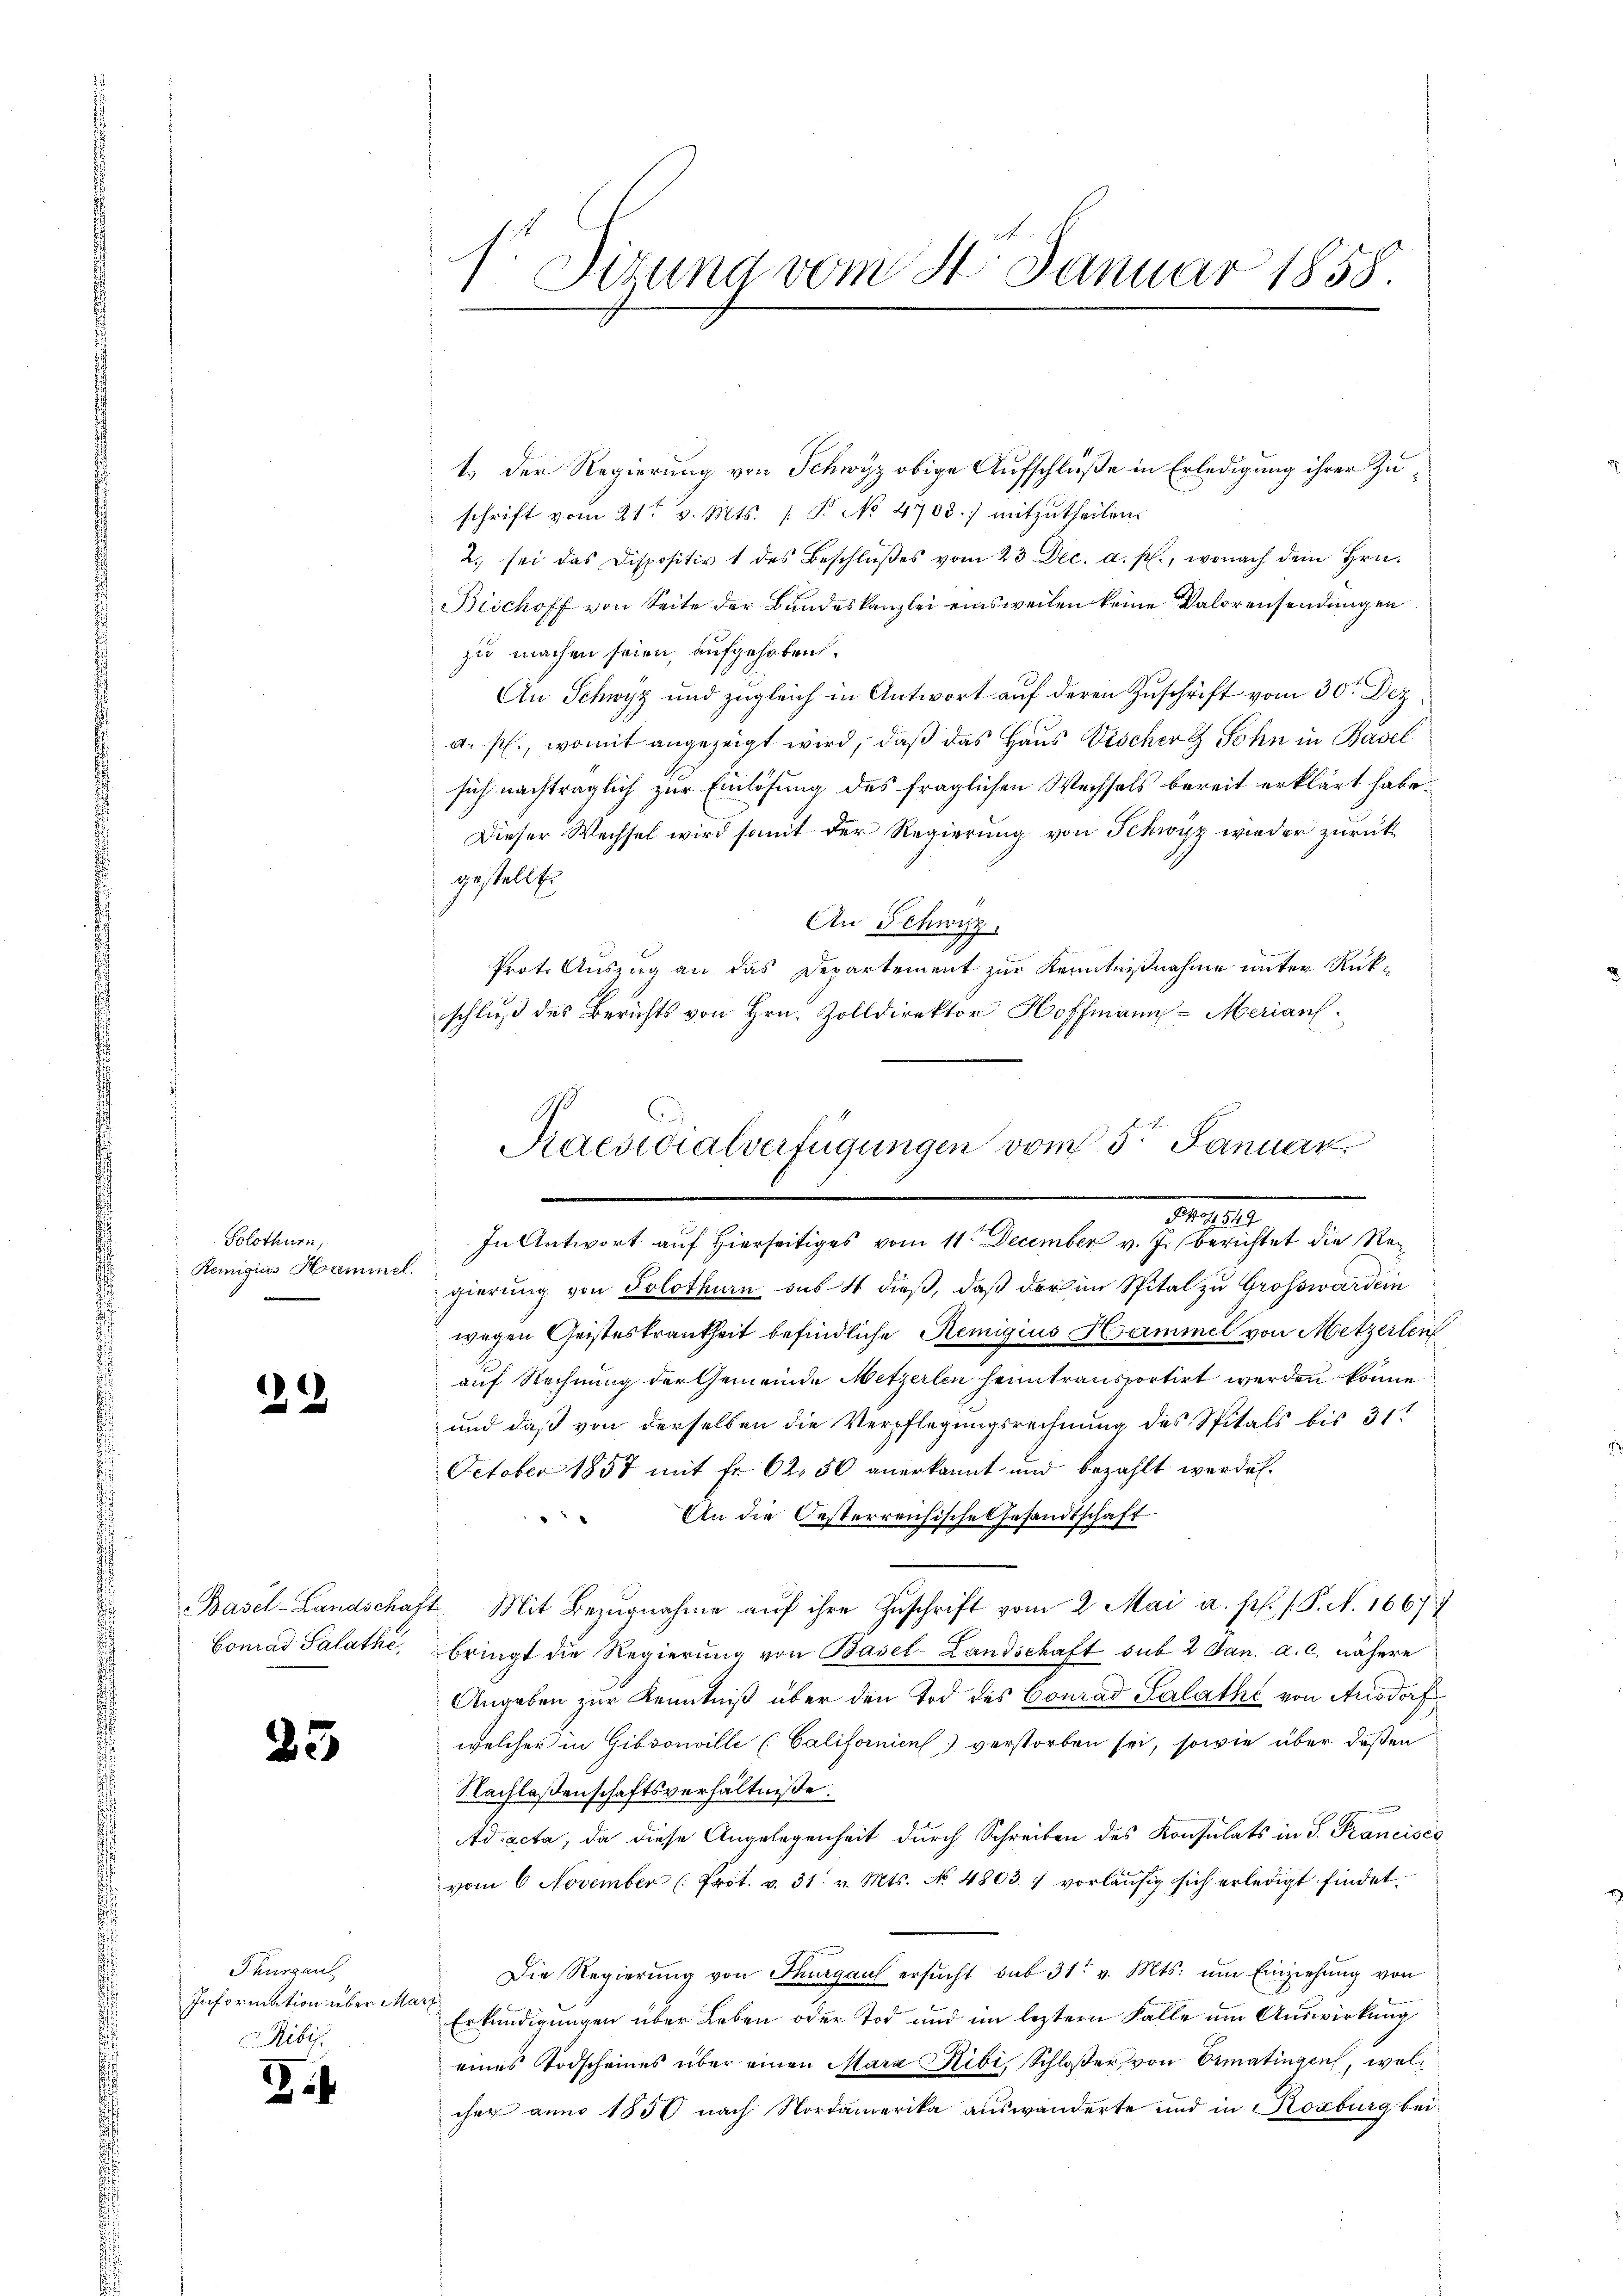
Solothurn,
Remigius Hammel.
e

32

Conrad Salathe,

25

Thurgau
Information über Mar
Ribis.

2

1.) Der Regierung von Schwyz obige Aufschlüße in Erledigung ihrer Zuschrift vom 21t v. Mts. (T. No 4708.) mitzŭtheilen.
2. sei das Dispositiv 1 des Beschlŭβes vom 23 Dec. a. p., wonach dem Hrn.
Bischoff von Seite der Bundeskanzlei einsweilen keine Valorensendungen
zu machen seien, aufgehoben.
An Schwyz und zugleich in Antwort auf deren Zuschrift vom 30. Dez.
a. p., womit angezeigt wird, daß das Haus Vischer Sohn in Basel
sich nachträglich zur Einlösung des fraglichen Wechsels bereit erklärt habe.
Dieser Wechsel wird somit der Regierung von Schwyz wieder zurückgestellte
An Schwyz
.
Prot. Auszug an das Departement zur Kenntnißnahme unter Rükschluß des Berichts von Hrn. Zolldirektor Hoffmann Merian
Praesidialverfügungen vom 5ten Januar

f. Jezung vom 24. Januar 1858.
e

In Antwort auf Hierseitiges vom 11ten December v. J. berichtet die Regierung von Solothurn sub 4 dieß, daß der im Spital zu Grosswärdein
wegen Geisteskrankheit befindliche Remigius Hammel von Metzerlei
auf Rechnung der Gemeinde Metzerlen heimtransportirt werden könne.
und daß von derselben die Verpflegungsrechnung des Spitals bis 31t
October 1857 mit Fr. 62, 50 anerkannt und bezahlt werde.
An die Oesterreichisches Gesandtschaft
Basel-Landschaft Mit Bezŭgnahme aŭf ihre Zuschrift vom 2. Mai a. f. (P. N. 1667
bringt die Regierŭng von Basel-Landschaft sub 2 Jan. a. c. nähere
Angaben zur Kenntniß über den Tod des Conrad Salathe von Ausdorf
welcher in Gibsonville (Californien) verstorben sei, sowie über deßen
Nachlassenschaftsverhältnisse.
Ad acta, da diese Angelegenheit durch Schreiben des Konsulats in S. Francisco
vom 6 November (Prot. v. 31. v. Mts. No. 4803. 7 vorläŭfig sich erledigt findet
Die Regierung von Thurgau ersŭcht sub 31. v. Mts. um Einziehung von
Erkundigungen über Leben oder Tod und im leztern Falle um Auswirkung
eines Todscheines über einen Mara Ribi, Schloßer von Ermatingen, welcher anno 1850 nach Nordamerika auswanderte und in Korburg bei

.
.
§ 407,549.